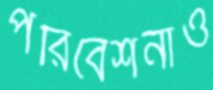
পরিবেশনাও